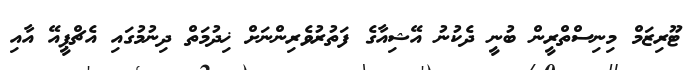
ޓޫރިޒަމް މިނިސްތްރީން ބުނީ ދެކުނު އޭޝިއާގެ ފަތުރުވެރިންނަށް ޚިދުމަތް ދިނުމުގައި އެޗްޕީއޭ އާއި